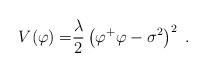
LaTeX: \begin{align*}V{(\varphi )=}\frac{\lambda }{2}\left( \varphi ^{+}\varphi -\sigma^{2}\right) ^{2}\;. \end{align*}